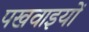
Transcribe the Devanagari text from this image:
पखवाइयों